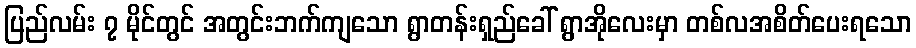
ပြည်လမ်း ၇ မိုင်တွင် အတွင်းဘက်ကျသော ရွာတန်းရှည်ခေါ် ရွာအိုလေးမှာ တစ်လအစိတ်ပေးရသော